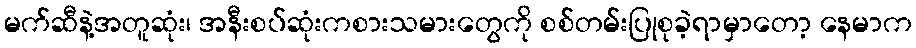
မက်ဆီနဲ့အတူဆုံး၊ အနီးစပ်ဆုံးကစားသမားတွေကို စစ်တမ်းပြုစုခဲ့ရာမှာတော့ နေမာက